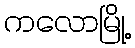
ကလောမြို့